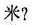
米?